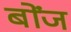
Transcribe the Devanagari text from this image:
बोंज